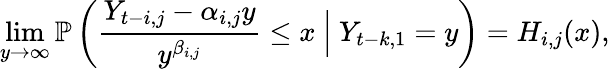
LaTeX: \operatorname*{lim}_{y\to\infty}\mathbb{P}\left(\frac{Y_{t-i,j}-\alpha_{i,j}y}{y^{\beta_{i,j}}}\leq x\ \Big|\ Y_{t-k,1}=y\right)=H_{i,j}(x),